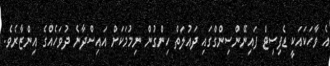
އެ ވާހަކައަކީ ޑެފިސިޓް ފައިނޭންސިންގްގައި ދައުލަތް ހިންގުން ނިމުމަކަށް އައިސްދާނެ ދުވަހެއްގެ އިންޒާރެވެ.